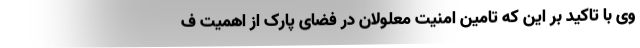
وی با تاکید بر این که تامین امنیت معلولان در فضای پارک از اهمیت ف